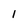
Character: I